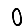
Digit: 0